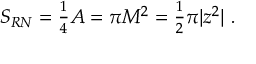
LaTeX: S _ { R N } = { \textstyle \frac { 1 } { 4 } } A = \pi M ^ { 2 } = { \textstyle \frac { 1 } { 2 } } \pi | z ^ { 2 } | \ .